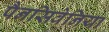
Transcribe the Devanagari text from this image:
पैनसिवेनिया